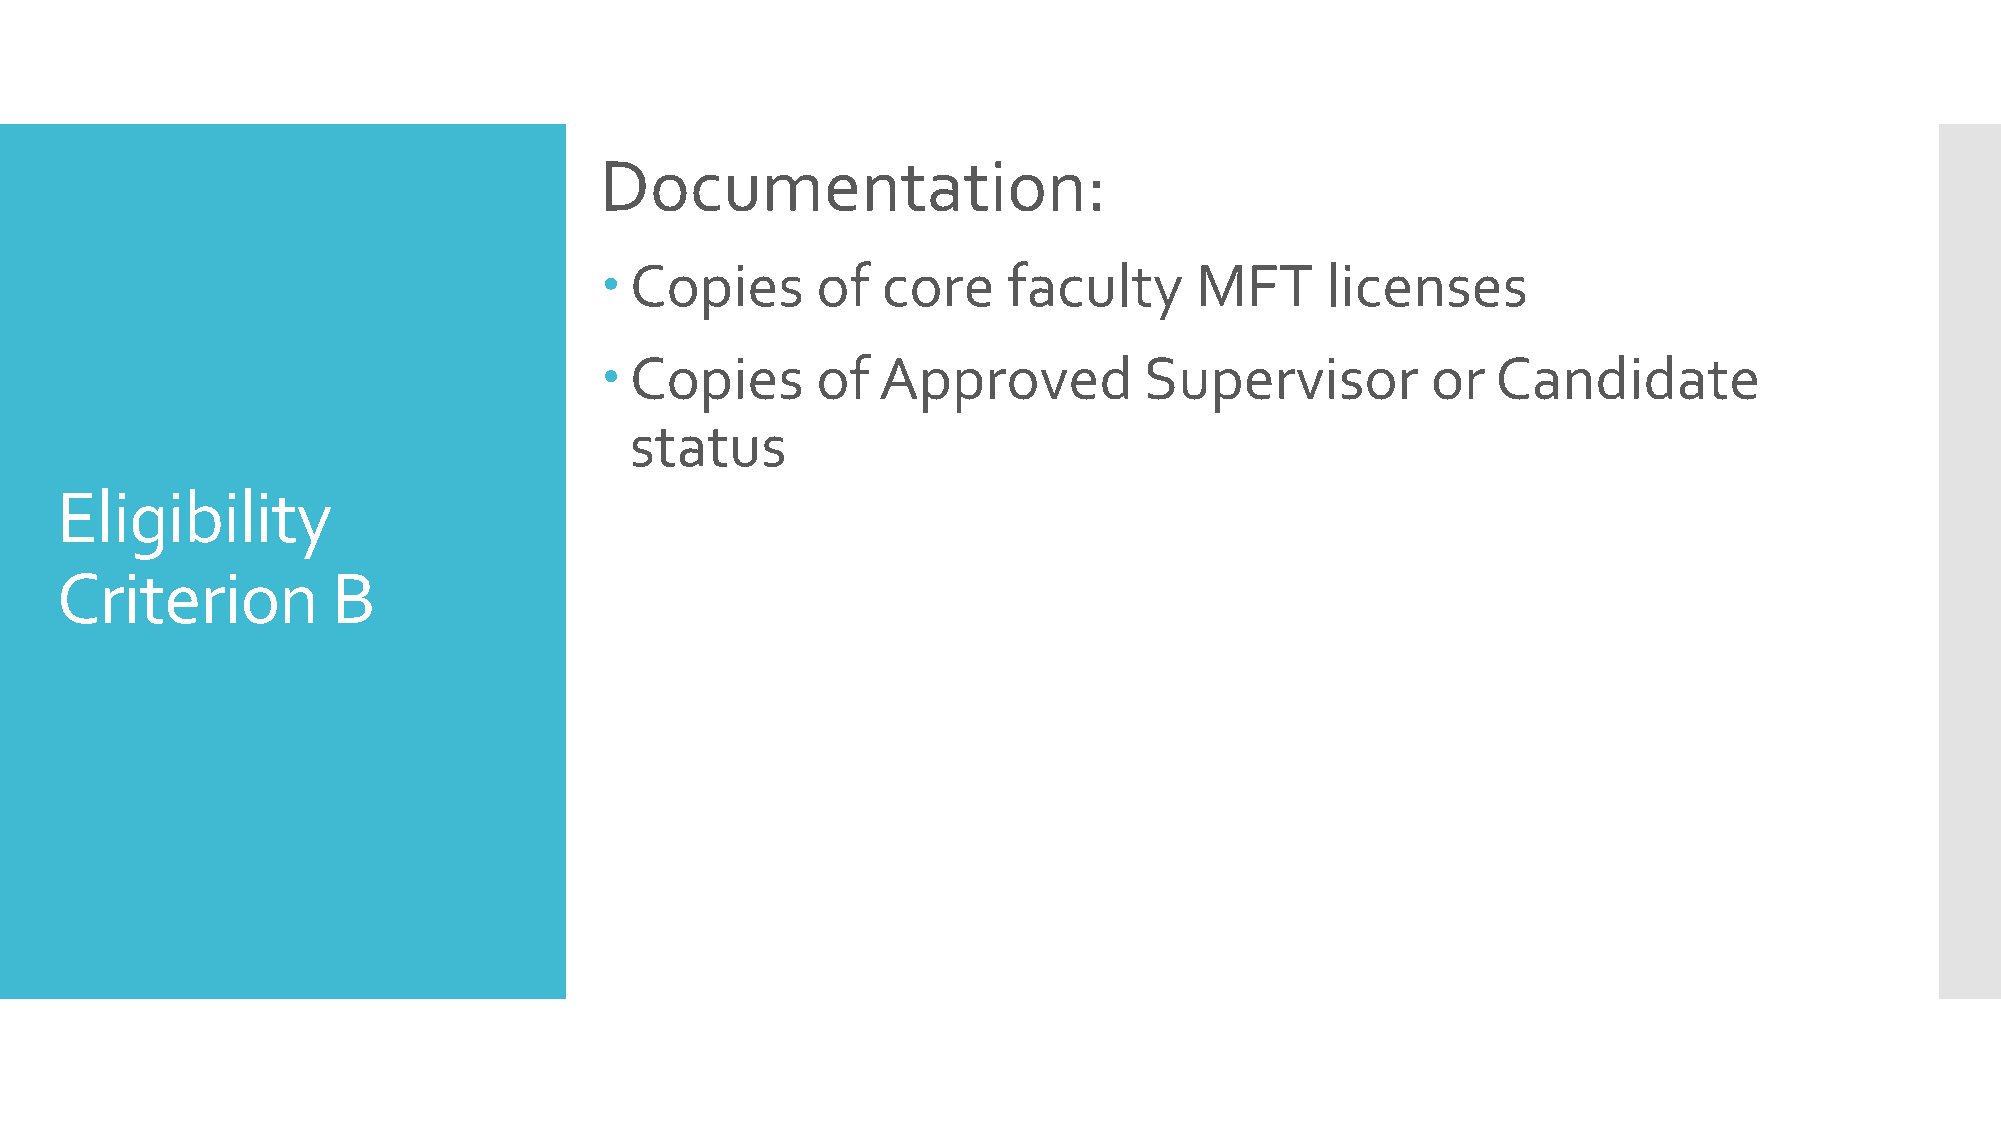
Documentation:
  Copies      of  core     faculty     MFT      licenses
  Copies      of  Approved          Supervisor         or  Candidate
 status
 Eligibility
 Criterion         B